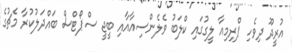
އުރީދޫ ދިވެހި ޕްރިމިއާ ލީގުގައި ކްލަބު ވެލެންސިއާއާއި ބީޖީ ސްޕޯޓްސް ބައްދަލުކުރާ މެޗުގެ